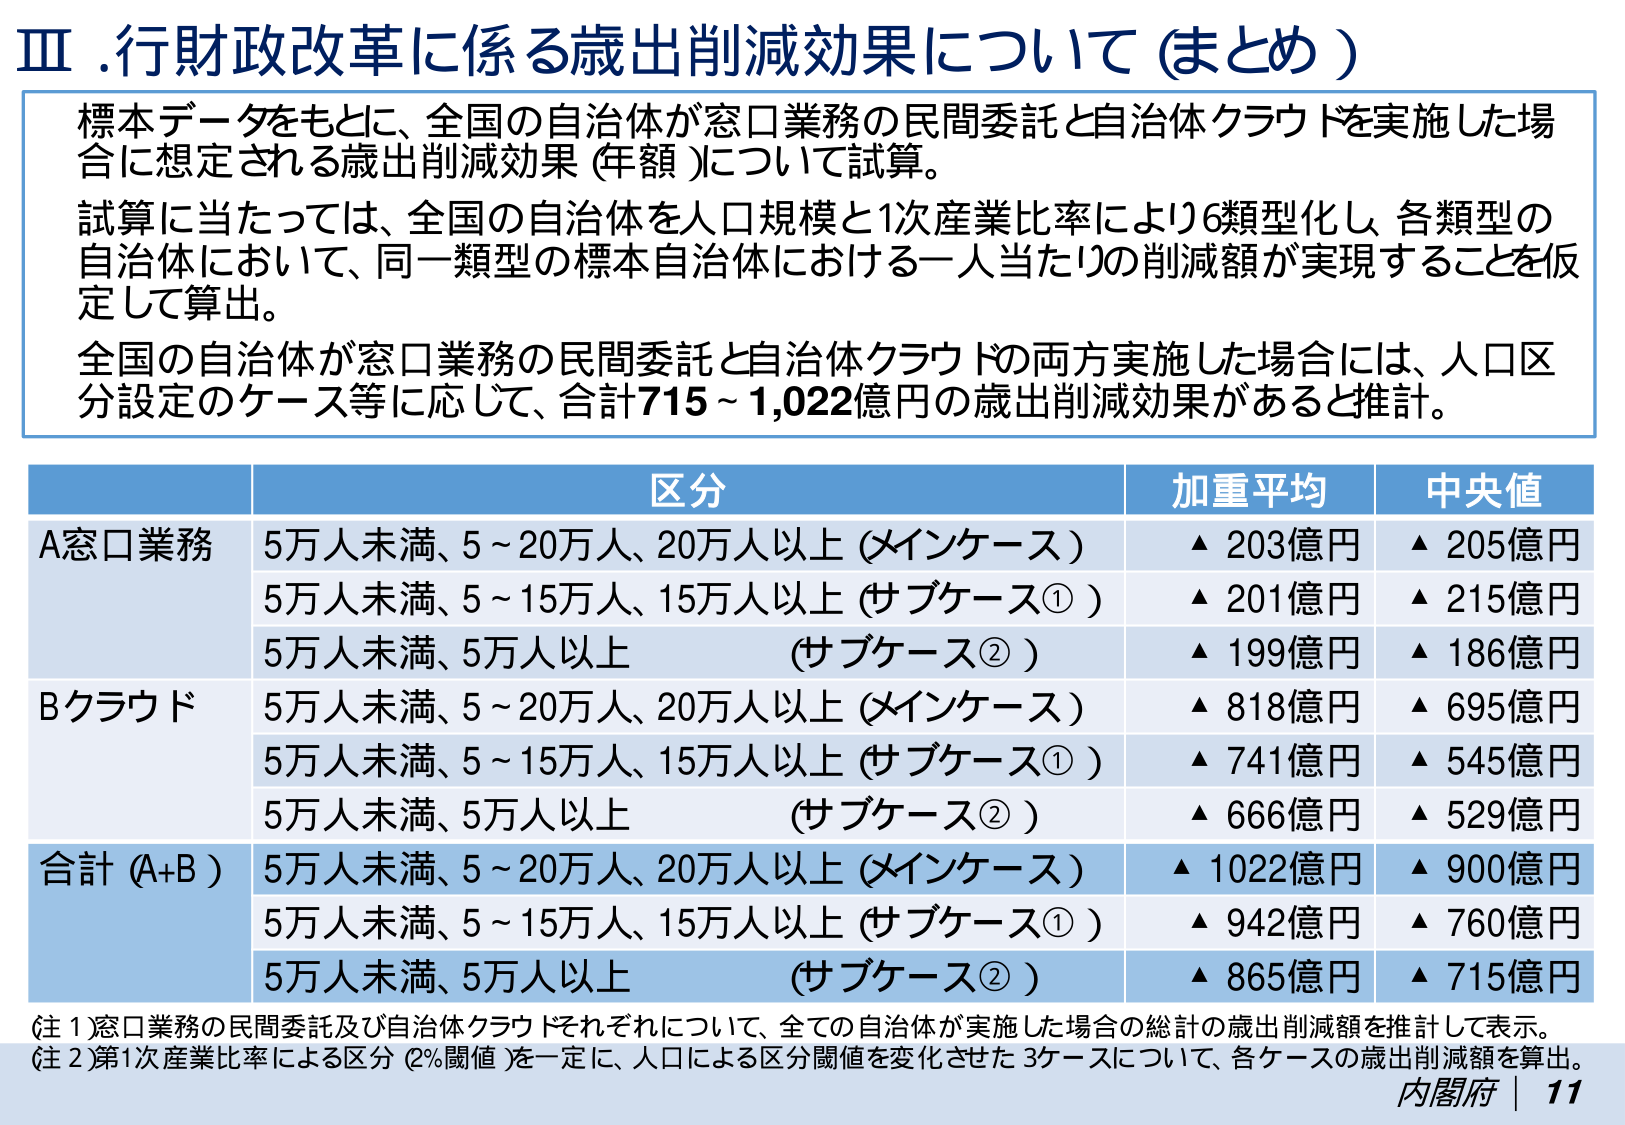
Ⅲ. 行財政改革に係る歳出削減効果について（まとめ）

標本データをもとに、全国の自治体が窓口業務の民間委託と自治体クラウドを実施した場合に想定される歳出削減効果（年額）について試算。
試算に当たっては、全国の自治体を人口規模と1次産業比率により6類型化し、各類型の自治体において、同一類型の標本自治体における一人当たりの削減額が実現することを仮定して算出。
全国の自治体が窓口業務の民間委託と自治体クラウドの両方実施した場合には、人口区分設定のケース等に応じて、合計715～1,022億円の歳出削減効果があると推計。

区分　　　　　　　　　　　　　　　　　　　　　　　　　　　加重平均　　　　　中央値
A窓口業務　　5万人未満、5～20万人、20万人以上（メインケース）　▲ 203億円　　▲ 205億円
　　　　　　　5万人未満、5～15万人、15万人以上（サブケース①）　▲ 201億円　　▲ 215億円
　　　　　　　5万人未満、5万人以上　　　　　　　（サブケース②）　▲ 199億円　　▲ 186億円
Bクラウド　　5万人未満、5～20万人、20万人以上（メインケース）　▲ 818億円　　▲ 695億円
　　　　　　　5万人未満、5～15万人、15万人以上（サブケース①）　▲ 741億円　　▲ 545億円
　　　　　　　5万人未満、5万人以上　　　　　　　（サブケース②）　▲ 666億円　　▲ 529億円
合計（A+B）　5万人未満、5～20万人、20万人以上（メインケース）　▲ 1022億円　　▲ 900億円
　　　　　　　5万人未満、5～15万人、15万人以上（サブケース①）　▲ 942億円　　▲ 760億円
　　　　　　　5万人未満、5万人以上　　　　　　　（サブケース②）　▲ 865億円　　▲ 715億円

（注1）窓口業務の民間委託及び自治体クラウドそれぞれについて、全ての自治体が実施した場合の総計の歳出削減額を推計して表示。
（注2）第1次産業比率による区分（2％閾値）を一定に、人口による区分閾値を変化させた3ケースについて、各ケースの歳出削減額を算出。

内閣府｜11